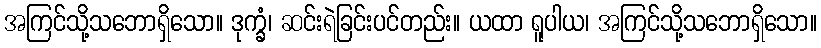
အကြင်သို့သဘောရှိသော။ ဒုက္ခံ၊ ဆင်းရဲခြင်းပင်တည်း။ ယထာ ရူပါယ၊ အကြင်သို့သဘောရှိသော။